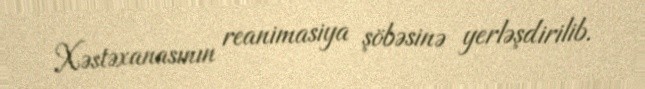
Xəstəxanasının reanimasiya şöbəsinə yerləşdirilib.